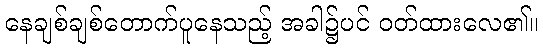
နေချစ်ချစ်တောက်ပူနေသည့် အခါ၌ပင် ဝတ်ထားလေ၏။